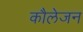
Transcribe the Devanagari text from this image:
कौलेजन